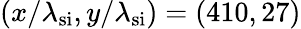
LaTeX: (x/\lambda_{\mathrm{si}},y/\lambda_{\mathrm{si}})=(410,27)